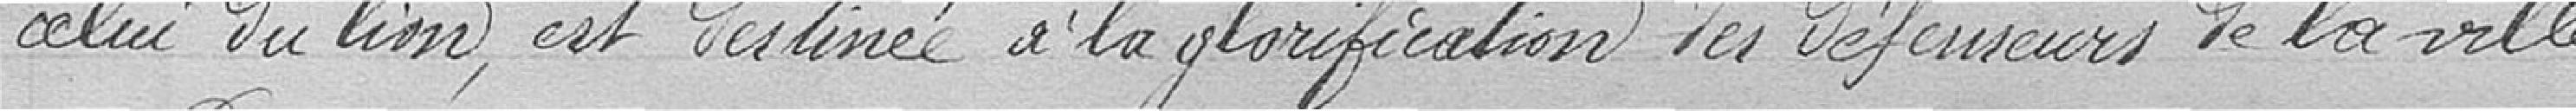
celui du lion, est destinée à la glorification des défenseurs de la ville